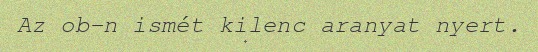
Az ob-n ismét kilenc aranyat nyert.